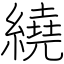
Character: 繞